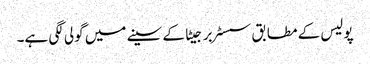
پولیس کے مطابق سسٹر برجیٹا کے سینے میں گولی لگی ہے۔